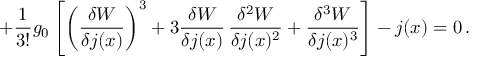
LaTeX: + \frac { 1 } { 3 ! } g _ { 0 } \left[ \left( \frac { \delta W } { \delta j ( x ) } \right) ^ { 3 } + 3 \frac { \delta W } { \delta j ( x ) } \, \frac { \delta ^ { 2 } W } { \delta j ( x ) ^ { 2 } } + \frac { \delta ^ { 3 } W } { \delta j ( x ) ^ { 3 } } \right] - j ( x ) = 0 \, .